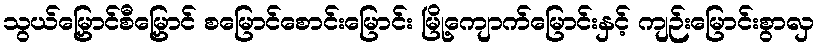
သွယ်မြှောင်စီမြှောင် စမြောင်စောင်းမြောင်း မြို့ကျောက်မြောင်းနှင့် ကျဉ်းမြောင်းစွာလှ